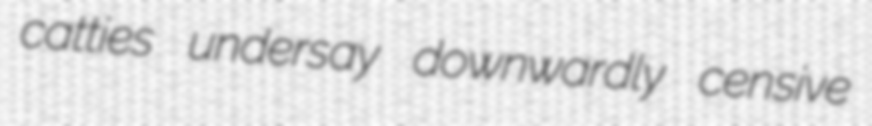
catties undersay downwardly censive